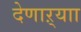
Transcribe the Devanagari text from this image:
देणाऱ्याा